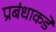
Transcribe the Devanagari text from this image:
प्रबंधाकडे